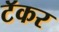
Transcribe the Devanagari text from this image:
टॅकर